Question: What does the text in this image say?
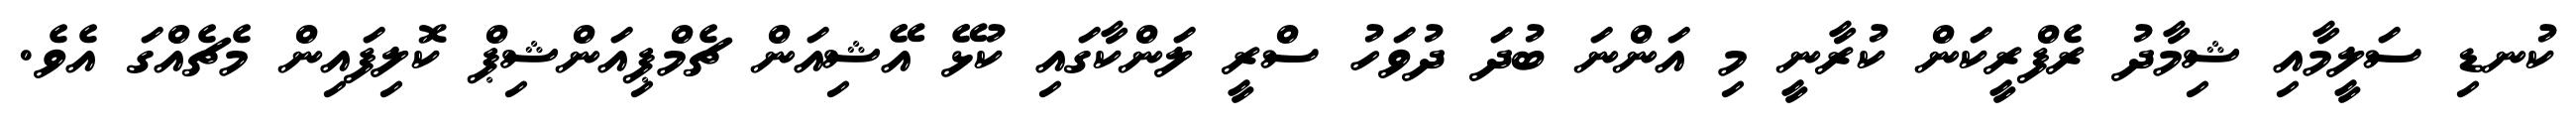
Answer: ކުނޑި ސަލީމާއި ޝިމާދު ރެފްރީކަން ކުރާނީ މި އަންނަ ބުދަ ދުވަހު ސްރީ ލަންކާގައި ކުޅޭ އޭޝިއަން ޗެމްޕިއަންޝިޕް ކޮލިފައިން މެޗެއްގަ އެވެ.